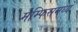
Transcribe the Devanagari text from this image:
मेम्फिसमध्ये